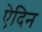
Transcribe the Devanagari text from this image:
ऐदिन